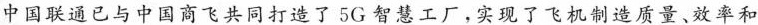
中国联通已与中国商飞共同打造了5G智慧工厂，实现了飞机制造质量、效率和